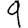
Digit: 9